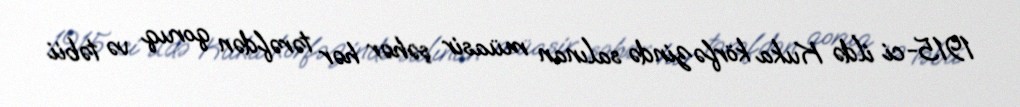
1915-ci ildə Kuka körfəzində salınan müasir şəhər hər tərəfdən qoruq və təbii